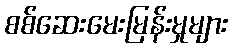
စစ်ဆေးမေးမြန်းမှုများ